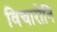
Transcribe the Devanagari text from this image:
विचारोनि